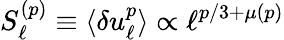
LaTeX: S_{\ell}^{(p)}\equiv\langle\delta u_{\ell}^{p}\rangle\propto\ell^{p/3+\mu(p)}